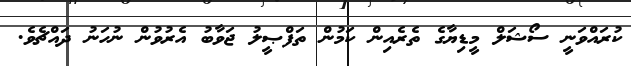
ކުރައްވަނީ ސޯޝަލް މީޑިޔާގެ ތެރެއިން ކަމުން ތަފްޞީލު ޖަވާބު އެރުވުން ނުހަނު ދައްޗެވެ.